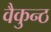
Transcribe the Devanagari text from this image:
वैकुन्ठ